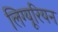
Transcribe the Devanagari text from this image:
लिग्यूरियन